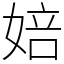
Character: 婄